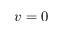
v = 0